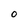
Character: O